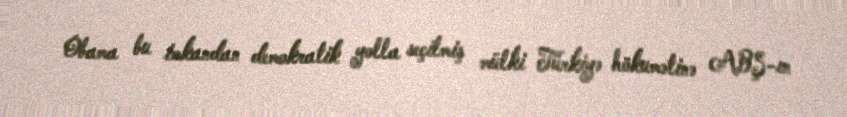
Obama bu imkandan demokratik yolla seçilmiş mülki Türkiyə hökumətinə ABŞ-ın